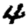
Digit: 4